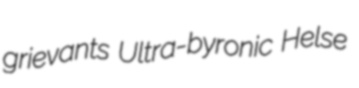
grievants Ultra-byronic Helse